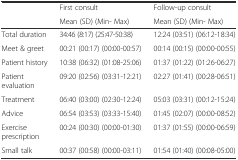
<table><thead><tr><td rowspan="2"></td><td><b>First consult</b></td><td><b>Follow-up consult</b></td></tr><tr><td><b>Mean (SD) (Min- Max)</b></td><td><b>Mean (SD) (Min- Max)</b></td></tr></thead><tbody><tr><td>Total duration</td><td>34:46 (8:17) (25:47-50:38)</td><td>12:24 (03:51) (06:12-18:34)</td></tr><tr><td>Meet &amp; greet</td><td>00:21 (00:17) (00:00-00:57)</td><td>00:14 (00:15) (00:00-00:55)</td></tr><tr><td>Patient history</td><td>10:38 (06:32) (01:08-25:06)</td><td>01:37 (01:22) (01:26-06:27)</td></tr><tr><td>Patient evaluation</td><td>09:20 (02:56) (03:31-12:21)</td><td>02:27 (01:41) (00:28-06:51)</td></tr><tr><td>Treatment</td><td>06:40 (03:00) (02:30-12:24)</td><td>05:03 (03:31) (00:12-15:24)</td></tr><tr><td>Advice</td><td>06:54 (03:53) (03:33-15:40)</td><td>01:45 (02:07) (00:00-08:52)</td></tr><tr><td>Exercise prescription</td><td>00:24 (00:30) (00:00-01:30)</td><td>01:37 (01:55) (00:00-06:59)</td></tr><tr><td>Small talk</td><td>00:37 (00:58) (00:00-03:11)</td><td>01:54 (01:40) (00:08-05:00)</td></tr></tbody></table>